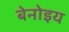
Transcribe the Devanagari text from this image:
बेनोइय